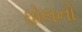
ધોલનો